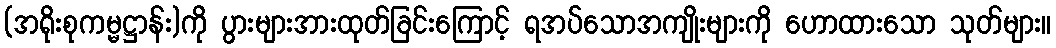
(အရိုးစုကမ္မဋ္ဌာန်း)ကို ပွားများအားထုတ်ခြင်းကြောင့် ရအပ်သောအကျိုးများကို ဟောထားသော သုတ်များ။